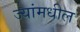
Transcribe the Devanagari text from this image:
ज्यांमधील